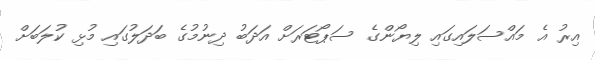
އިރު އެ މައްސަލައިގައި ލިޔޯންގެ ސަޕޯޓަރަށް އަދަބު ދިނުމުގެ ބަދަލުގައި މުޅި ކުލަބަށް